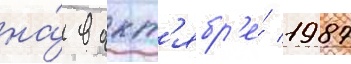
на́ в окт'ябр'е́ 1987